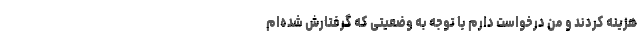
هزینه کردند و من درخواست دارم با توجه به وضعیتی که گرفتارش شده‌ام